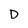
Character: D